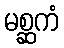
မစ္ဆကံ